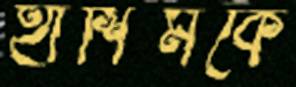
হাশিমকে